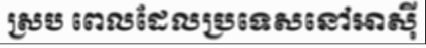
ស្រប ពេលដែលប្រទេសនៅអាស៊ី